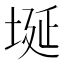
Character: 埏